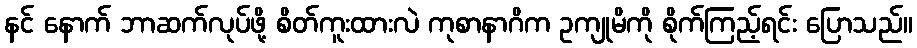
နင် နောက် ဘာဆက်လုပ်ဖို့ စိတ်ကူးထားလဲ ကုစာနာဂိက ဥကျုမိကို စိုက်ကြည့်ရင်း ပြောသည်။